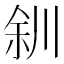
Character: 𫶨